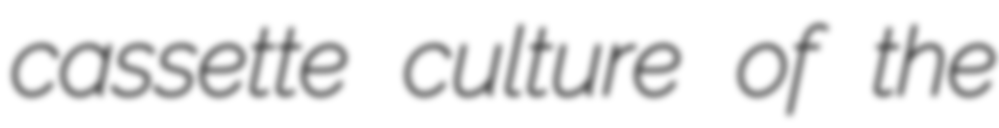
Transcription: cassette culture of the